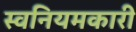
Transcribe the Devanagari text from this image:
स्वनियमकारी